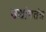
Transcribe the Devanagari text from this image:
उद्योगतंत्र